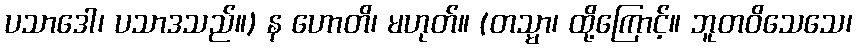
ပသာဒေါ၊ ပသာဒသည်။) န ဟောတိ၊ မဟုတ်။ (တသ္မာ၊ ထို့ကြောင့်။ ဘူတဝိသေသေ၊